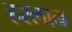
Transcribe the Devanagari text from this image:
हरलान